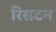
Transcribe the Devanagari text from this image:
रिसटन